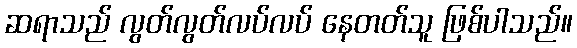
ဆရာသည် လွတ်လွတ်လပ်လပ် နေတတ်သူ ဖြစ်ပါသည်။